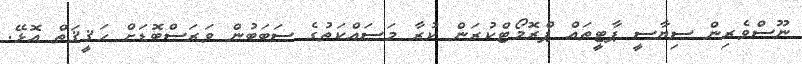
ނޫސްވެރިން ސިޔާސީ ޕާޓީތައް ޕްރޮމޯޓްކުރަން ކުރާ މަސައްކަތުގެ ސަބަބުން ވަރަަަސްބޮޑަށް ހަޤީޤަތް އޮޅޭ.